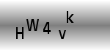
Text: HW4vk